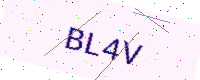
Text: BL4V